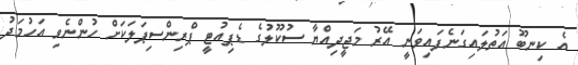
އެ ކިނބޫ އަތުލައިގަނެފައިވަނީ އޭރު މަޖީދިއްޔާ ސުކޫލުގެ ޑެޕިއުޓީ ޕްރިންސިޕަލަކަށް ހުންނެވި އަހުމަދު